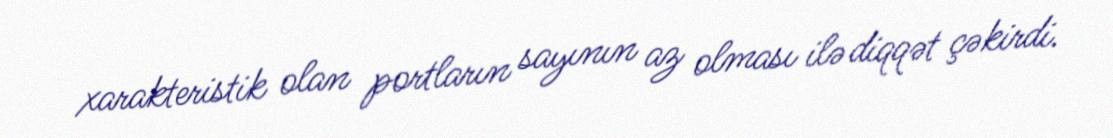
xarakteristik olan portların sayının az olması ilə diqqət çəkirdi.